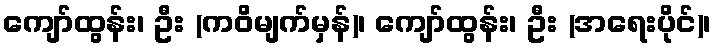
ကျော်ထွန်း၊ ဦး (ကဝိမျက်မှန်)၊ ကျော်ထွန်း၊ ဦး (အရေးပိုင်)၊